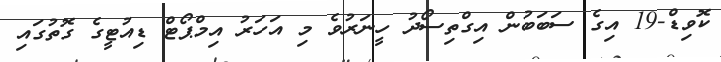
ކޮވިޑް-19 އިގެ ސަބަބުން އިގްތިސޯދު ހީނަރުވެ މި އަހަރު އިމްޕޯޓް ޑިއުޓީގެ ގޮތުގައި